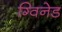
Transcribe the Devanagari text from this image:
ग्विनेड